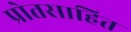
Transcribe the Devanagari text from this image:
प्रोतसाहित